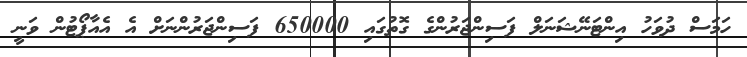
ހަމަސް ދުވަހު އިންޓަނޭޝަނަލް ފަސިންޖަރުންގެ ގޮތުގައި 650000 ފަސިންޖަރުންނަށް އެ އެއާޕޯޓުން ވަނީ